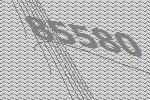
85580